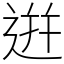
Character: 逬